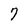
Character: 7